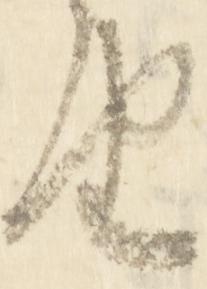
由